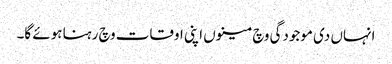
انہاں دی موجودگی وچ مینوں اپنی اوقات وچ رہنا ہوئے گا۔